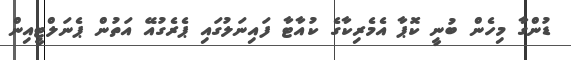
ޑުންގާ މިހެން ބުނީ ކޮޕާ އެމެރިކާގެ ކުއާޓާ ފައިނަލުގައި ޕެރެގުއޭ އަތުން ޕެނަލްޓީއިން